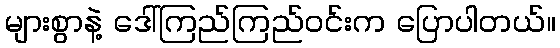
များစွာနဲ့ ဒေါ်ကြည်ကြည်ဝင်းက ပြောပါတယ်။